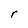
Character: r